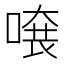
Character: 𠺂